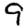
Digit: 9